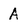
Character: A